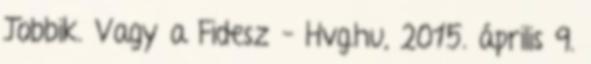
Jobbik. Vagy a Fidesz – Hvg.hu, 2015. április 9.